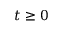
t \geq 0